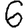
Digit: 6